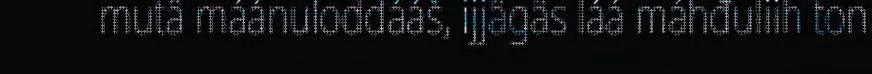
mutâ máánuloddááš, ijjâgâs láá máhđuliih ton